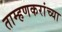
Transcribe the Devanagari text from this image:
ताम्हणकरांच्या